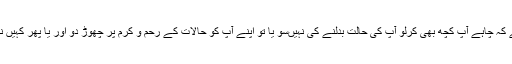
آپ لوگوں کو تو بس یہ ازبر کروانا ہے کہ چاہے آپ کچھ بھی کرلو آپ کی حالت بدلنے کی نہیں‌سو یا تو اپنے آپ کو حالات کے رحم و کرم پر چھوڑ دو اور یا پھر کہیں نکل نکلا جاؤ اور پرت کے واپس نہ آؤ۔